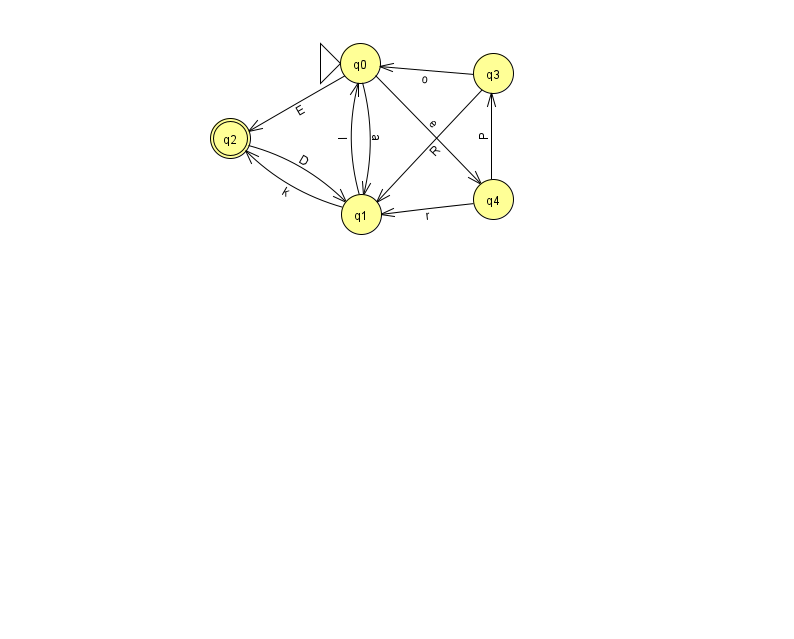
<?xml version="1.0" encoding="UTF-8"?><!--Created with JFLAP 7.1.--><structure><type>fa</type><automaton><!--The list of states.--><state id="0" name="q0"><x>360.0</x><y>50.0</y><initial/></state><state id="1" name="q1"><x>361.0</x><y>201.0</y></state><state id="2" name="q2"><x>230.0</x><y>125.0</y><final/></state><state id="3" name="q3"><x>493.0</x><y>60.0</y></state><state id="4" name="q4"><x>493.0</x><y>186.0</y></state><!--The list of transitions.--><transition><from>0</from><to>1</to><read>a</read></transition><transition><from>1</from><to>2</to><read>k</read></transition><transition><from>3</from><to>1</to><read>R</read></transition><transition><from>3</from><to>0</to><read>o</read></transition><transition><from>1</from><to>0</to><read>I</read></transition><transition><from>4</from><to>1</to><read>r</read></transition><transition><from>4</from><to>3</to><read>P</read></transition><transition><from>0</from><to>4</to><read>e</read></transition><transition><from>2</from><to>1</to><read>D</read></transition><transition><from>0</from><to>2</to><read>E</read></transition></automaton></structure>